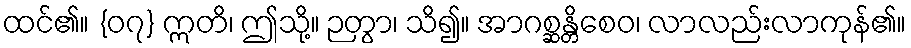
ထင်၏။ {၀၇} ဣတိ၊ ဤသို့။ ဉတွာ၊ သိ၍။ အာဂစ္ဆန္တိစေဝ၊ လာလည်းလာကုန်၏။